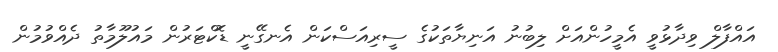
އައްފާލް ވިދާޅުވީ އެމީހުންއަށް ލިބުނު އަނިޔާތަކުގެ ސީރިއަސްކަން އެނގޭނީ ޑޮކްޓަރުން މައުލޫމާތު ދެއްވުމުން